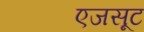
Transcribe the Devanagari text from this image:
एजसूट